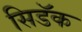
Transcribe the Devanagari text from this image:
सिडॅक